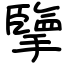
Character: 擥